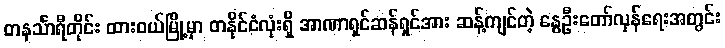
တနင်္သာရီတိုင်း ထားဝယ်မြို့မှာ တနိုင်ငံလုံးရှိ အာဏာရှင်ဆန်ရှင်အား ဆန့်ကျင်တဲ့ နွေဦးတော်လှန်ရေးအတွင်း